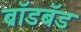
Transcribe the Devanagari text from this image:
ब्राॅडबॅड